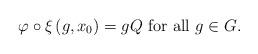
LaTeX: \begin{align*}\varphi\circ\xi\left(g,x_{0}\right)=gQ\mbox{ for all }g\in G.\end{align*}